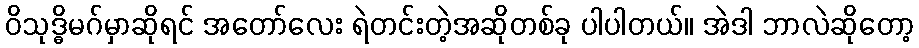
ဝိသုဒ္ဓိမဂ်မှာဆိုရင် အတော်လေး ရဲတင်းတဲ့အဆိုတစ်ခု ပါပါတယ်။ အဲဒါ ဘာလဲဆိုတော့